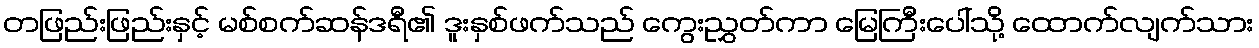
တဖြည်းဖြည်းနှင့် မစ်စက်ဆန်ဒရီ၏ ဒူးနှစ်ဖက်သည် ကွေးညွှတ်ကာ မြေကြီးပေါ်သို့ ထောက်လျက်သား